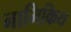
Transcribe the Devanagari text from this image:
नाभिकिय